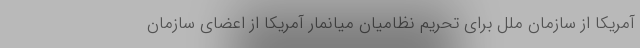
آمریکا از سازمان ملل برای تحریم نظامیان میانمار آمریکا از اعضای سازمان